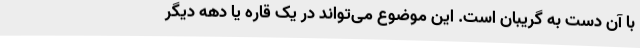
با آن دست به گریبان است. این موضوع می‌تواند در یک قاره یا دهه دیگر